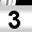
Digit: 3